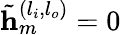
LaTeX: \tilde{\mathbf{h}}_{m}^{(l_{i},l_{o})}=0